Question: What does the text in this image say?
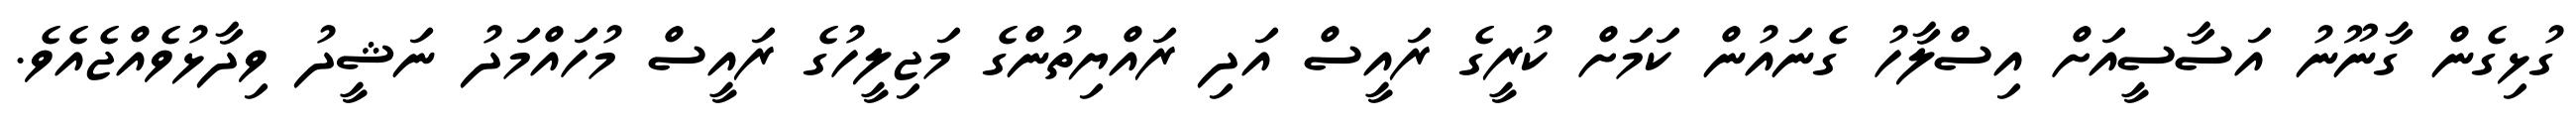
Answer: ގުޅިގެން ގާނޫނު އަސާސީއަށް އިސްލާހު ގެނައުން ކަމަށް ކުރީގެ ރައީސް އަދި ރައްޔިތުންގެ މަޖިލީހުގެ ރައީސް މުހައްމަދު ނަޝީދު ވިދާޅުވެއްޖެއެވެ.